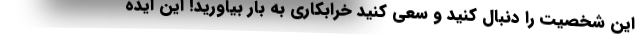
این شخصیت را دنبال کنید و سعی کنید خرابکاری به بار بیاورید! این ایده